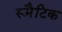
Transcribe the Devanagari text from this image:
रूमैटिक